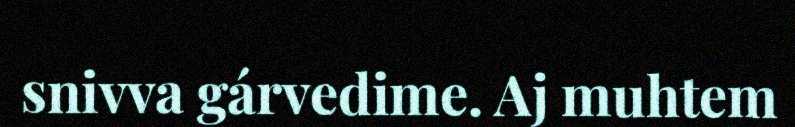
snivva gárvedime. Aj muhtem